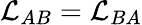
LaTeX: \mathcal{L}_{AB}=\mathcal{L}_{BA}